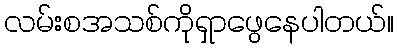
လမ်းစအသစ်ကိုရှာဖွေနေပါတယ်။